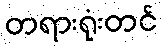
တရားရုံးတင်